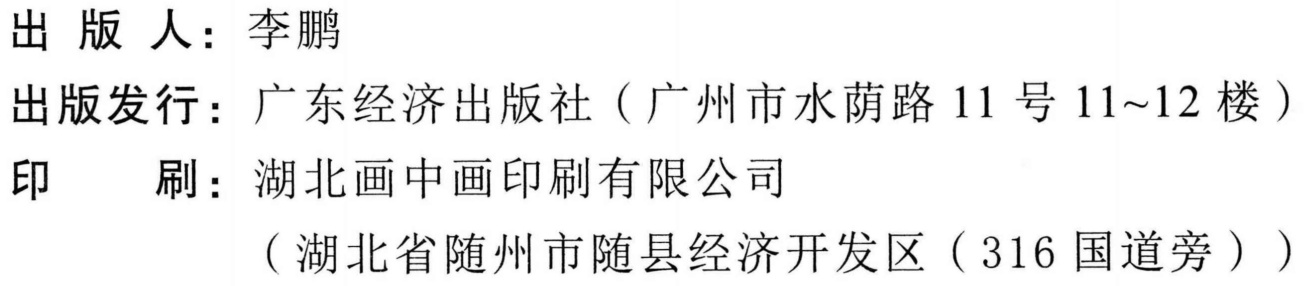
出 版 人：李鹏
出版发行：广东经济出版社（广州市水荫路 11 号 11~12 楼）
印  刷：湖北画中画印刷有限公司
（湖北省随州市随县经济开发区（316 国道旁））